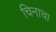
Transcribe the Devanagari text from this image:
चिनाचा